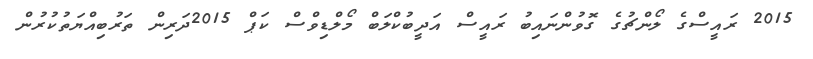
2015 ރައީސްގެ ލޯންޗުގެ ގޮވުންނައިބު ރައީސް އަދީބުކްލަބް މޯލްޑިވްސް ކަޕް 2015ދަރިން ތަރުބިއްޔަތުކުރުން